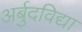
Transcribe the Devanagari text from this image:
अर्बुदविद्या